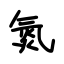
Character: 氮